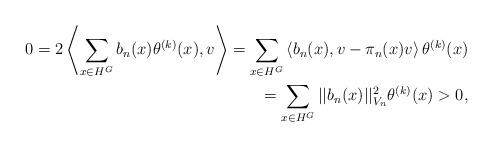
LaTeX: \begin{align*}0=2\left\langle \sum_{x \in H^G} b_n(x)\theta^{(k)}(x),v\right\rangle=\sum_{x \in H^G}\left\langle b_n(x),v-\pi_n(x)v\right\rangle \theta^{(k)}(x)\\= \sum_{x \in H^G}|| b_n(x)||^2_{V_n} \theta^{(k)}(x)>0,\end{align*}